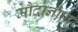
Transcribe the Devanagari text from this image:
मौदानोण